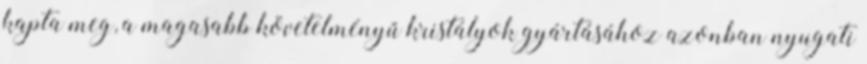
kapta meg, a magasabb követelményű kristályok gyártásához azonban nyugati